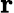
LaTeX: \mathbf{r}